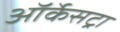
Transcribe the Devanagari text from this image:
ऑर्केसट्रा